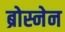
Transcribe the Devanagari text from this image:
ब्रोस्नेन